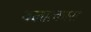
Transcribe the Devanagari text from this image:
बलात्कारा